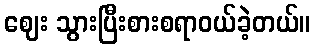
ဈေး သွားပြီးစားစရာဝယ်ခဲ့တယ်။